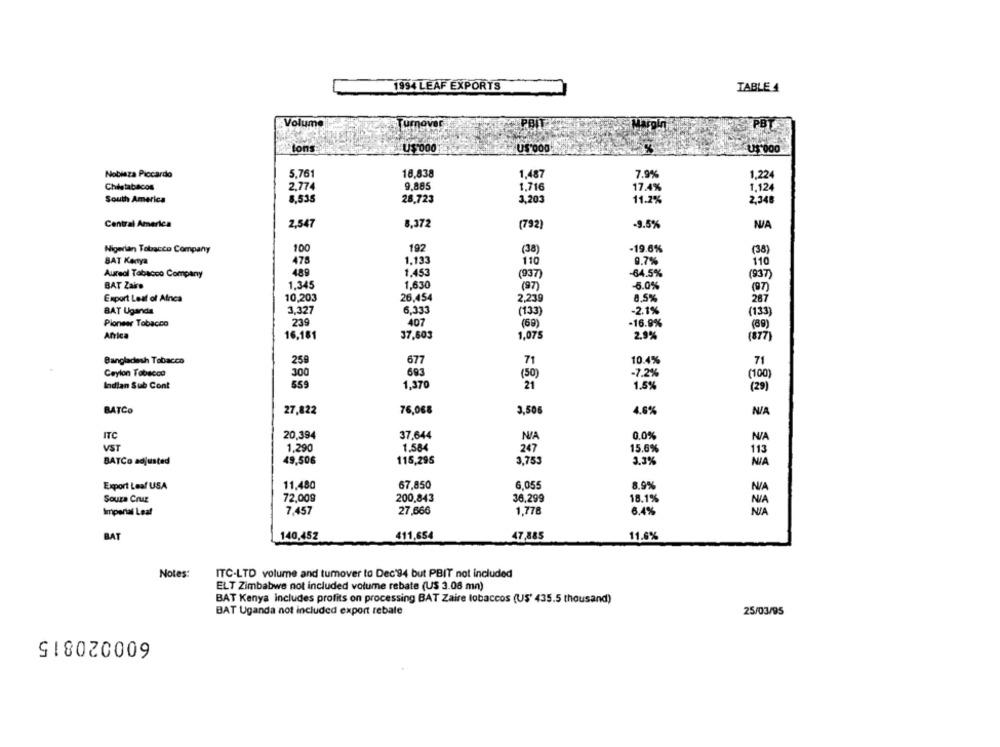
1994 LEAF EXPORTS
TABLE 4
Volume
PB
tons
U$ 000
US'000
Nobiaza Piccardo
5.761
18,838
1,487
7.9%
1,224
Chilstabacos
2.774
9.885
1.716
17.4%
1,124
South America
8,535
26.723
3,203
11.2%
2,348
Central America
2,547
8,372
(792)
-9.5%
100
192
Nigerian Tobacco Company
(38)
-19.6%
(38)
BAT Kenya
475
1.133
110
9.7%
110
Aureol Tabacco Company
489
1.453
(937)
64.5%
(937
1,345
BAT Zaire
1,630
(97)
-5.0%
(97)
Export Leaf of Afnca
10,203
26,454
2,239
8,5%
287
BAT Uganda
3,327
6,333
(133)
-2.1%
(133)
239
407
-16.9%
Pioneer Tobacco
(59)
(69)
Africa
16.181
37,603
1,075
2.9%
(877)
677
Bangladesh Tobacco
250
71
10.4%
71
Ceylon Tobacco
300
693
(50)
-7.2%
(100)
Indian Sub Cont
559
1,370
21
1.5%
(29)
BATCO
27,822
76,068
3,506
4.6%
ITC
20,394
37,644
0.0%
VST
1,290
1.584
247
15.6%
113
BATCo adjusted
49,506
115,295
3,753
3.3%
NIA
Export Leaf USA
11,480
67,850
6.055
8.9%
Souza Cruz
72,009
200,843
36,299
18.1%
Imperial Leaf
7,457
27,666
1,778
6.4%
BAT
140,452
411,654
47,885
11.6%
Notes:
ITC-LTD volume and tumover to Dec 94 but PBIT not included
ELT Zimbabwe not included volume rebate (US 3.08 mn)
BAT Kenya includes profits on processing BAT Zaire tobaccos (US' 435.5 thousand)
BAT Uganda not included export rebate
25/03/95
600020815